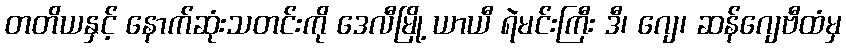
တတိယနှင့် နောက်ဆုံးသတင်းကို ဒေလီမြို့ ယာယီ ရဲမင်းကြီး ဒီ၊ ဂျေ၊ ဆန်ဂျေဗီထံမှ